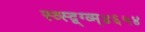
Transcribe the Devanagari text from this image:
स्व्स्द्व्ग्व्म्४६५४